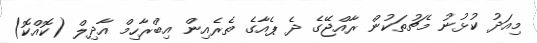
މިއަދު ކުޅުނު މެޗުތަކުން ރާއްޖޭގެ ދެ ޕެއާގެ ތެރެއިން އިބްރާހިމް އާދިލް (ކޮއްކޮ)